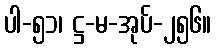
ပါ-၅၁၊ ဋ္ဌ-မ-အုပ်-၂၅၆။